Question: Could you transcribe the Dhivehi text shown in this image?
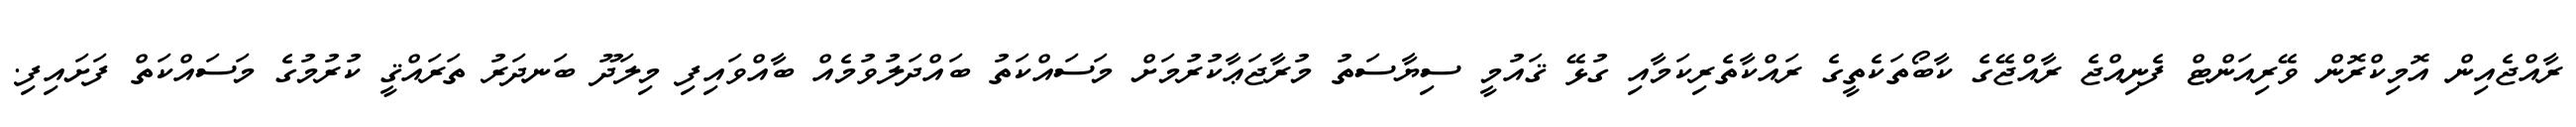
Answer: ރާއްޖެއިން އޮމިކްރޮން ވޭރިއަންޓް ފެނިއްޖެ ރާއްޖޭގެ ކާބޯތަކެތީގެ ރައްކާތެރިކަމާއި ގުޅޭ ޤައުމީ ސިޔާސަތު މުރާޖަޢާކުރުމަށް މަސައްކަތު ބައްދަލުވުމެއް ބާއްވައިފި މިލަދޫ ބަނދަރު ތަރައްޤީ ކުރުމުގެ މަސައްކަތް ފަށައިފި.